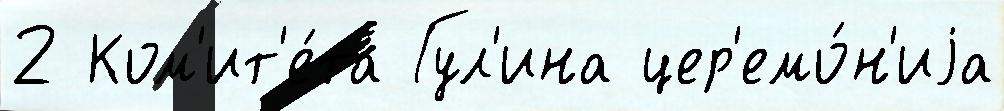
2 Ком'ит'е́та Гул'ина цер'емо́н'иjа